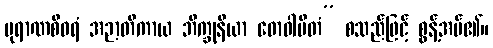
ပုရာဏစီဝရံ အဉာတိကာယ ဘိက္ခုနိယာ ဓောဝါပိတံ” စသည်ဖြင့် စွန့်အပ်၏။